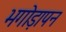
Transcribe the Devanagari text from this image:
भगोड़ापन